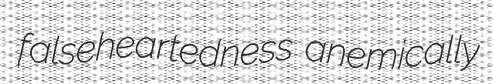
falseheartedness anemically